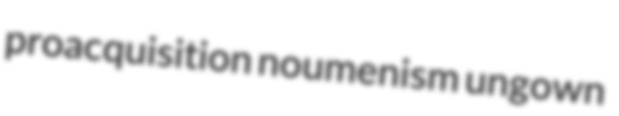
proacquisition noumenism ungown